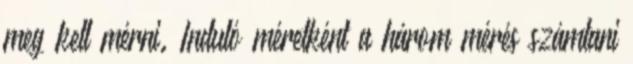
meg kell mérni. Induló méretként a három mérés számtani